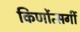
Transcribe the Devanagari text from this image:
किर्णोत्सर्गी